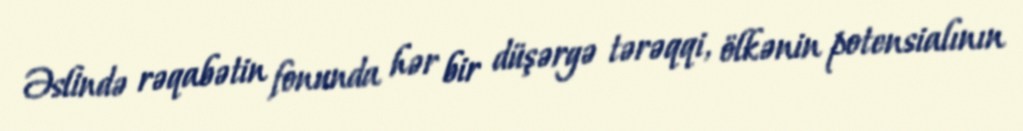
Əslində rəqabətin fonunda hər bir düşərgə tərəqqi, ölkənin potensialının